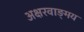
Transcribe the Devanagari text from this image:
अक्षरवाङ्‌मय